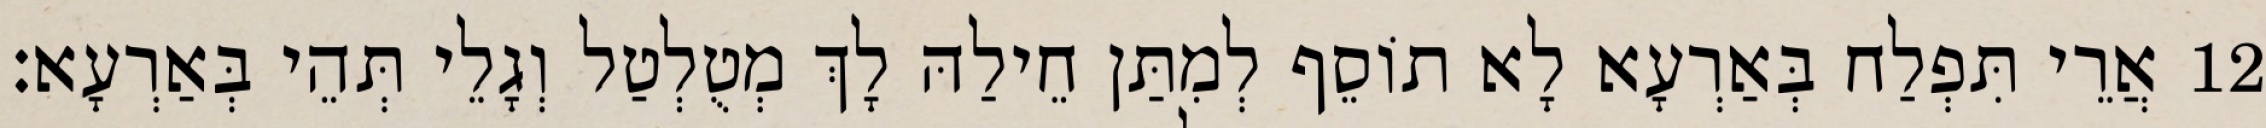
12 אֲרֵי תִּפְלַח בְּאַרְעָא לָא תוֹסֵף לְמִתַּן חֵילַהּ לָךְ מְטֻלְטַל וְגָלֵי תְּהֵי בְּאַרְעָא׃